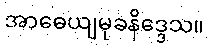
အာဓေယျမုခနိဒ္ဒေသ။